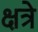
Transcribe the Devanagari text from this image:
क्षत्रे